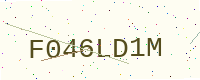
Text: F046LD1M